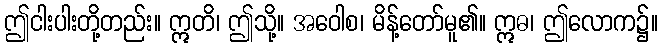
ဤငါးပါးတို့တည်း။ ဣတိ၊ ဤသို့။ အဝေါစ၊ မိန့်တော်မူ၏။ ဣဓ၊ ဤလောက၌။